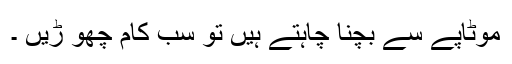
موٹاپے سے بچنا چاہتے ہیں تو سب کام چھو ڑیں ۔